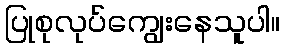
ပြုစုလုပ်ကျွေးနေသူပါ။